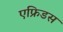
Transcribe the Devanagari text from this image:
एफ्रिडस